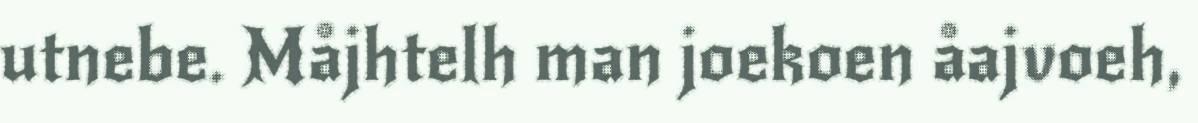
utnebe. Måjhtelh man joekoen åajvoeh,